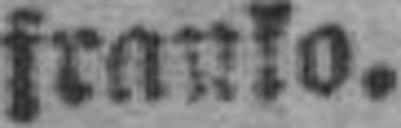
franko.